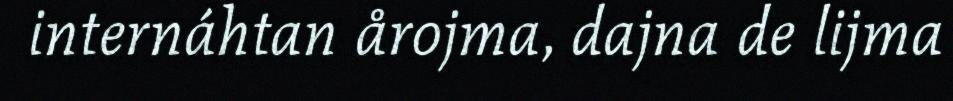
internáhtan årojma, dajna de lijma